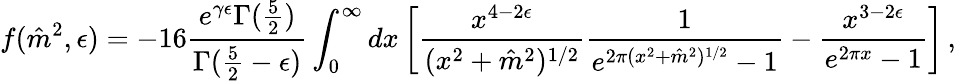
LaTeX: f(\hat{m}^{2},\epsilon)=-16{\frac{e^{\gamma\epsilon}\Gamma({\frac{5}{2}})}{\Gamma({\frac{5}{2}}-\epsilon)}}\int_{0}^{\infty}dx\left[{\frac{x^{4-2\epsilon}}{(x^{2}+\hat{m}^{2})^{1/2}}}{\frac{1}{e^{2\pi(x^{2}+\hat{m}^{2})^{1/2}}-1}}-{\frac{x^{3-2\epsilon}}{e^{2\pi x}-1}}\right]\, ,